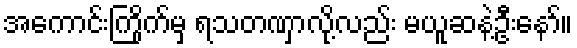
အကောင်းကြိုက်မှ ရသတဏှာလို့လည်း မယူဆနဲ့ဦးနော်။